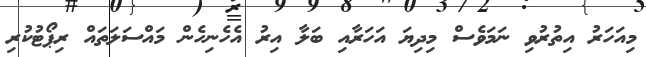
މިއަހަރު އިތުރުވި ނަމަވެސް މިދިޔަ އަހަރާއި ބަލާ އިރު އެހެނިހެން މައްސަލަތައް ރިޕޯޓުކުރި